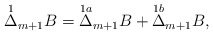
\begin{align*} \overset{1}{\Delta}_{m+1}B=\overset{1a}{\Delta}_{m+1}B+\overset{1b}{\Delta}_{m+1}B,\end{align*}